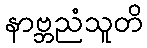
နာဗ္ဘညံသူတိ